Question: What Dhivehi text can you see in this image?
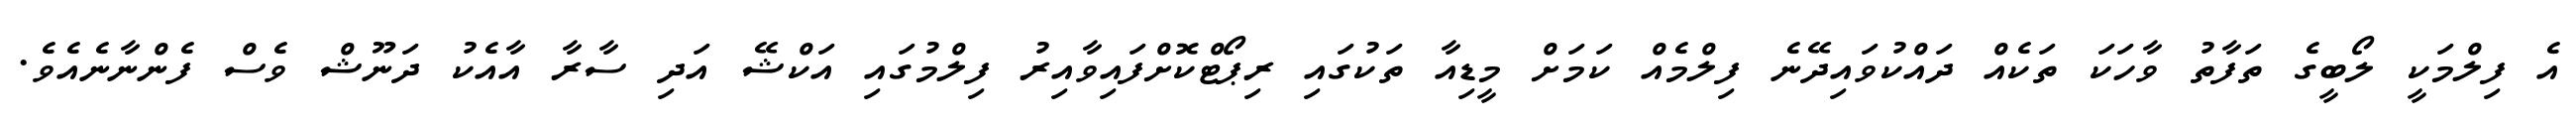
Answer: އެ ފިލްމަކީ ލޯބީގެ ތަފާތު ވާހަކަ ތަކެއް ދައްކުވައިދޭނެ ފިލްމެއް ކަމަށް މީޑިއާ ތަކުގައި ރިޕޯޓްކޮށްފައިވާއިރު ފިލްމުގައި އަކްޝޭ އަދި ސާރާ އާއެކު ދަނޫޝް ވެސް ފެންނާނެއެވެ.